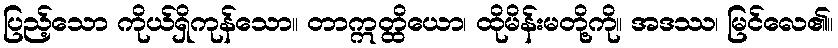
ပြည့်သော ကိုယ်ရှိကုန်သော။ တာဣတ္ထိယော၊ ထိုမိန်းမတို့ကို။ အဒဿ၊ မြင်လေ၏။